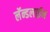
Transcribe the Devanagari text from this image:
लॅन्डलाईन